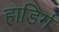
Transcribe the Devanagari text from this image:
हाडिर्गं